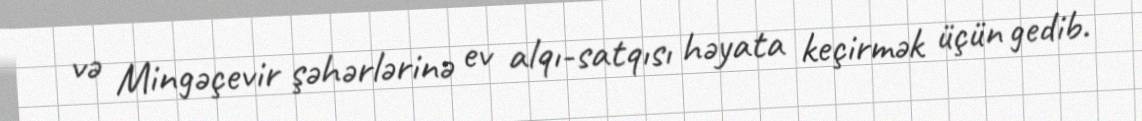
və Mingəçevir şəhərlərinə ev alqı-satqısı həyata keçirmək üçün gedib.